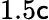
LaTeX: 1.5\mathsf{c}